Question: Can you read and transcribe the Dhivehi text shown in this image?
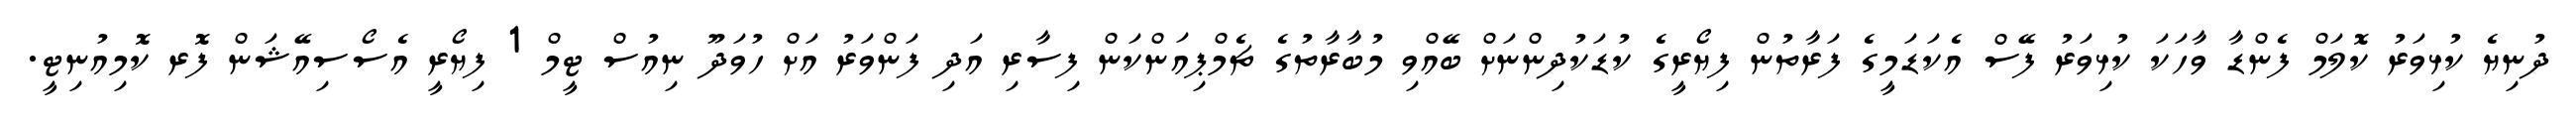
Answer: ދުނިޔެ ކުޅިވަރު ކޮލަމް ފެންޑާ ވާހަކަ ކުޅިވަރު ފޭސް އެކަޑަމީގެ ފަރާތުން ފިޔޯރީގެ ކުޑަކުދިންނަށް ބޭއްވި މުބާރާތުގެ ޗެމްޕިއަންކަން ފިސާރި އަދި ފަންވަރު އަށް ހުވަދޫ ނިއުސް ޓީމް 1 ފިޔޯރީ އެސޯސިއޭޝަން ފޮރ ކޮމިއުނިޓީ.